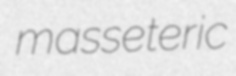
masseteric